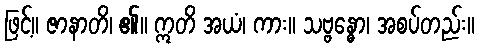
ဖြင့်။ ဇာနာတိ၊ ၏။ ဣတိ အယံ၊ ကား။ သဗ္ဗန္ဓော၊ အစပ်တည်း။